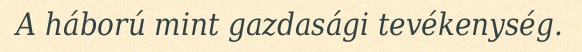
A háború mint gazdasági tevékenység.